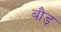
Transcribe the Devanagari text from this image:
बौड़